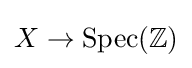
X\rightarrow {\textrm {Spec}}(\mathbb {Z} )